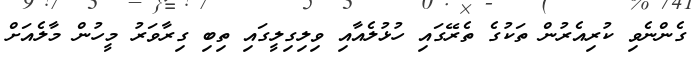
ގެންނެވި ކުރިއެރުން ތަކުގެ ތެރޭގައި ހުޅުލެއާއި ވިލިގިލީގައި ތިބި ގިރާވަރު މީހުން މާލެއަށް